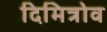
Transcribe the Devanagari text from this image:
दिमित्रोव